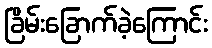
ခြိမ်းခြောက်ခဲ့ကြောင်း